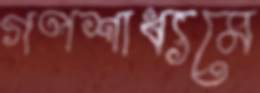
গণশাধ্যমে